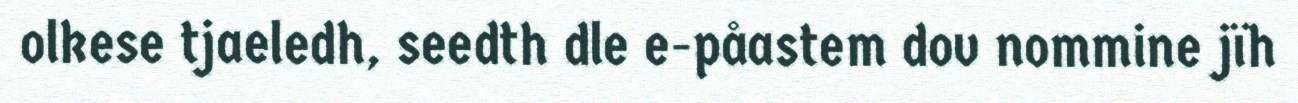
olkese tjaeledh, seedth dle e-påastem dov nommine jïh